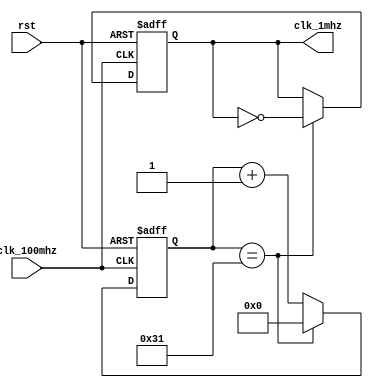
module clk_1mhz(
    input rst,
    input clk_100mhz,
    output reg clk_1mhz
    );

reg [6:0] count;

always @(posedge clk_100mhz or posedge rst)
if (rst) begin count<=0; clk_1mhz<=0; end
else if (count==49) begin clk_1mhz<=~clk_1mhz; count<=0; end
else count<=count+1;

endmodule